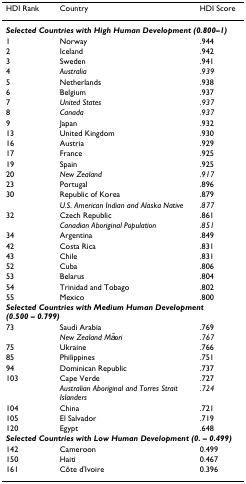
<table><thead><tr><td><b>HDI Rank</b></td><td><b>Country</b></td><td><b>HDI Score</b></td></tr></thead><tbody><tr><td colspan="3"><b><i>Selected Countries with High Human Development (0.800–1)</i></b></td></tr><tr><td>1</td><td>Norway</td><td>.944</td></tr><tr><td>2</td><td>Iceland</td><td>.942</td></tr><tr><td>3</td><td>Sweden</td><td>.941</td></tr><tr><td>4</td><td><i>Australia</i></td><td><i>.939</i></td></tr><tr><td>5</td><td>Netherlands</td><td>.938</td></tr><tr><td>6</td><td>Belgium</td><td>.937</td></tr><tr><td>7</td><td><i>United States</i></td><td><i>.937</i></td></tr><tr><td>8</td><td><i>Canada</i></td><td><i>.937</i></td></tr><tr><td>9</td><td>Japan</td><td>.932</td></tr><tr><td>13</td><td>United Kingdom</td><td>.930</td></tr><tr><td>16</td><td>Austria</td><td>.929</td></tr><tr><td>17</td><td>France</td><td>.925</td></tr><tr><td>19</td><td>Spain</td><td>.925</td></tr><tr><td>20</td><td><i>New Zealand</i></td><td><i>.917</i></td></tr><tr><td>23</td><td>Portugal</td><td>.896</td></tr><tr><td>30</td><td>Republic of Korea</td><td>.879</td></tr><tr><td></td><td><i>U.S. American Indian and Alaska Native</i></td><td><i>.877</i></td></tr><tr><td>32</td><td>Czech Republic</td><td>.861</td></tr><tr><td></td><td><i>Canadian Aboriginal Population</i></td><td><i>.851</i></td></tr><tr><td>34</td><td>Argentina</td><td>.849</td></tr><tr><td>42</td><td>Costa Rica</td><td>.831</td></tr><tr><td>43</td><td>Chile</td><td>.831</td></tr><tr><td>52</td><td>Cuba</td><td>.806</td></tr><tr><td>53</td><td>Belarus</td><td>.804</td></tr><tr><td>54</td><td>Trinidad and Tobago</td><td>.802</td></tr><tr><td>55</td><td>Mexico</td><td>.800</td></tr><tr><td colspan="3"><b><i>Selected Countries with Medium Human Development (0.500 – 0.799)</i></b></td></tr><tr><td>73</td><td>Saudi Arabia</td><td>.769</td></tr><tr><td></td><td><i>New Zealand Māori</i></td><td><i>.767</i></td></tr><tr><td>75</td><td>Ukraine</td><td>.766</td></tr><tr><td>85</td><td>Philippines</td><td>.751</td></tr><tr><td>94</td><td>Dominican Republic</td><td>.737</td></tr><tr><td>103</td><td>Cape Verde</td><td>.727</td></tr><tr><td></td><td><i>Australian Aboriginal and Torres Strait Islanders</i></td><td><i>.724</i></td></tr><tr><td>104</td><td>China</td><td>.721</td></tr><tr><td>105</td><td>El Salvador</td><td>.719</td></tr><tr><td>120</td><td>Egypt</td><td>.648</td></tr><tr><td colspan="3"><b><i>Selected Countries with Low Human Development (0. – 0.499)</i></b></td></tr><tr><td>142</td><td>Cameroon</td><td>0.499</td></tr><tr><td>150</td><td>Haiti</td><td>0.467</td></tr><tr><td>161</td><td>Côte d&#x27;Ivoire</td><td>0.396</td></tr></tbody></table>